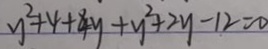
y ^ { 2 } + 4 + 8 y + y ^ { 2 } + 2 y - 1 2 = 0